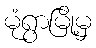
မုံရွာမြို့မှ